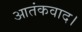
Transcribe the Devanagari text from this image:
आतंकवाद।